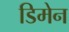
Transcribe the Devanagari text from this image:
डिमेन